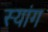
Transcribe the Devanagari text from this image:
स्‍यांग